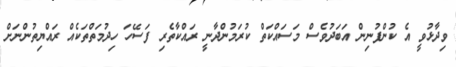
ވިދާޅުވީ އެ ކުންފުނިން އަބަދުވެސް މަސައްކަތް ކުރަމުންދާނީ ރައްކާތެރި ފަސޭހަ ހިދުމަތްތަކެއް ރައްޔިތުންނަށް